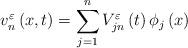
LaTeX: \begin{align*}v_{n}^{\varepsilon}\left(x,t\right)=\sum_{j=1}^{n}V_{jn}^{\varepsilon}\left(t\right)\phi_{j}\left(x\right)\end{align*}